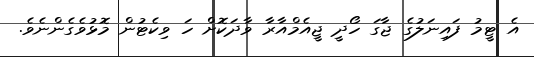
އެ ޓީމު ފައިނަލުގެ ޖާގަ ހޯދީ ޖީއެމްއާރާ ވާދަކޮށް ހަ ވިކެޓުން މޮޅުވެގެންނެވެ.